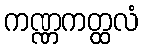
ကဏ္ဏကတ္ထလံ